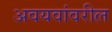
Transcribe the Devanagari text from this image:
अवयवांवरील